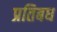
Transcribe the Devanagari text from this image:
प्रतिबध